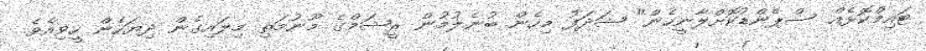
ޓައިމްކޮޅެއް ސްޕެންޑުކޮށްލާނީހެން" ޝަދަފު މިހެން ބުނެލުމުން ރީޝަމްގެ މޫނުމަތި މިލައިގެން ދިޔަހެން ހީވިއެވެ.